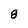
Character: 8